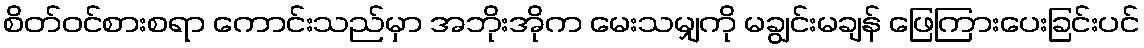
စိတ်ဝင်စားစရာ ကောင်းသည်မှာ အဘိုးအိုက မေးသမျှကို မချွင်းမချန် ဖြေကြားပေးခြင်းပင်